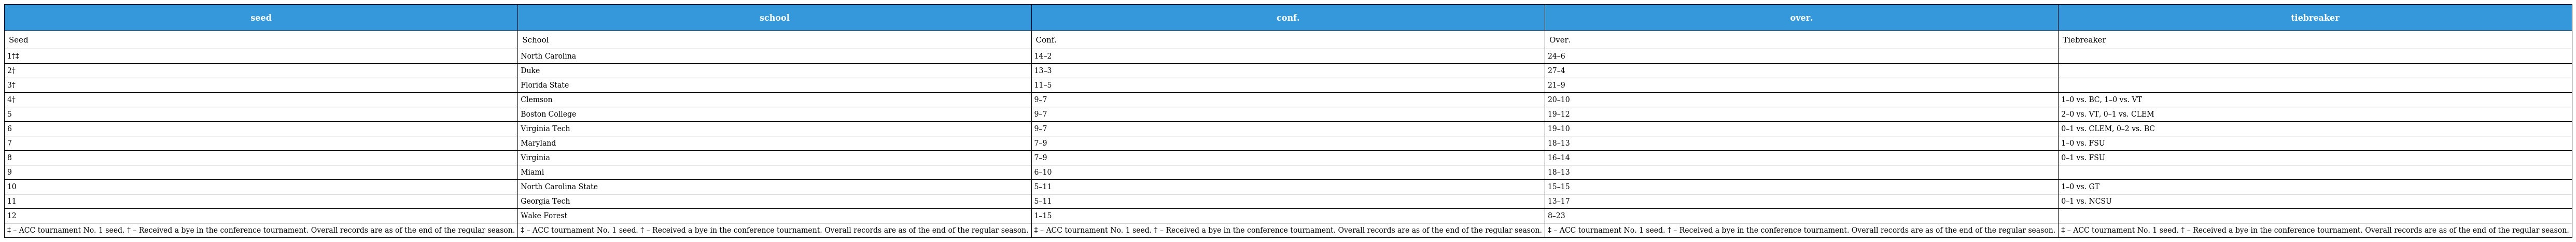
| seed | school | conf. | over. | tiebreaker |
 | --- | --- | --- | --- | --- |
 | Seed | School | Conf. | Over. | Tiebreaker |
 | 1†‡ | North Carolina | 14–2 | 24–6 |  |
 | 2† | Duke | 13–3 | 27–4 |  |
 | 3† | Florida State | 11–5 | 21–9 |  |
 | 4† | Clemson | 9–7 | 20–10 | 1–0 vs. BC, 1–0 vs. VT |
 | 5 | Boston College | 9–7 | 19–12 | 2–0 vs. VT, 0–1 vs. CLEM |
 | 6 | Virginia Tech | 9–7 | 19–10 | 0–1 vs. CLEM, 0–2 vs. BC |
 | 7 | Maryland | 7–9 | 18–13 | 1–0 vs. FSU |
 | 8 | Virginia | 7–9 | 16–14 | 0–1 vs. FSU |
 | 9 | Miami | 6–10 | 18–13 |  |
 | 10 | North Carolina State | 5–11 | 15–15 | 1–0 vs. GT |
 | 11 | Georgia Tech | 5–11 | 13–17 | 0–1 vs. NCSU |
 | 12 | Wake Forest | 1–15 | 8–23 |  |
 | ‡ – ACC tournament No. 1 seed. † – Received a bye in the conference tournament. Overall records are as of the end of the regular season. | ‡ – ACC tournament No. 1 seed. † – Received a bye in the conference tournament. Overall records are as of the end of the regular season. | ‡ – ACC tournament No. 1 seed. † – Received a bye in the conference tournament. Overall records are as of the end of the regular season. | ‡ – ACC tournament No. 1 seed. † – Received a bye in the conference tournament. Overall records are as of the end of the regular season. | ‡ – ACC tournament No. 1 seed. † – Received a bye in the conference tournament. Overall records are as of the end of the regular season. |